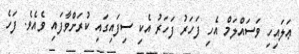
ޢަލައިހި ވަސައްލަމް އެހި ފަހަރު ފަހަރު އެކި ސިފައިގައި ކުރަށްވާފައި ވެއެވެ. ފަހެ